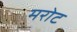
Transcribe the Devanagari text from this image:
मरोट